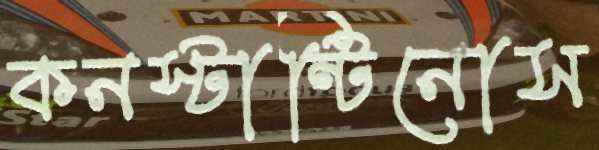
কনস্টান্টিনোস